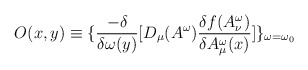
\begin{align*}O(x,y)\equiv \{ \frac{-\delta}{\delta\omega(y)}[D_{\mu}(A^{\omega})\frac{\delta f(A^{\omega}_{\nu})}{\delta A_{\mu}^{\omega}(x)}] \}_{\omega=\omega_{0}}\end{align*}